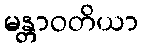
မန္တာဝတိယာ